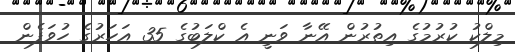
މިލްކު ކުރުމުގެ އިތުރުން އޭނާ ވަނީ އެ ކްލަބުގެ 35 އަހަރުގެ ހުވަފެން